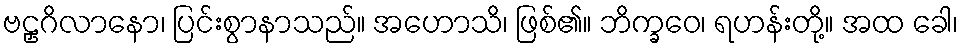
ဗဠှဂိလာနော၊ ပြင်းစွာနာသည်။ အဟောသိ၊ ဖြစ်၏။ ဘိက္ခဝေ၊ ရဟန်းတို့။ အထ ခေါ၊